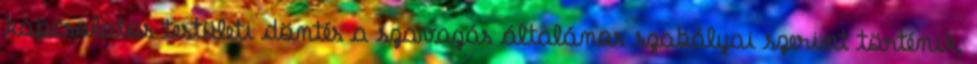
kapcsolatos testületi döntés a szavazás általános szabályai szerint történik,